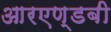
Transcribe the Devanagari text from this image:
आरएण्डबी